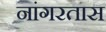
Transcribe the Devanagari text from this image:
नांगरतास